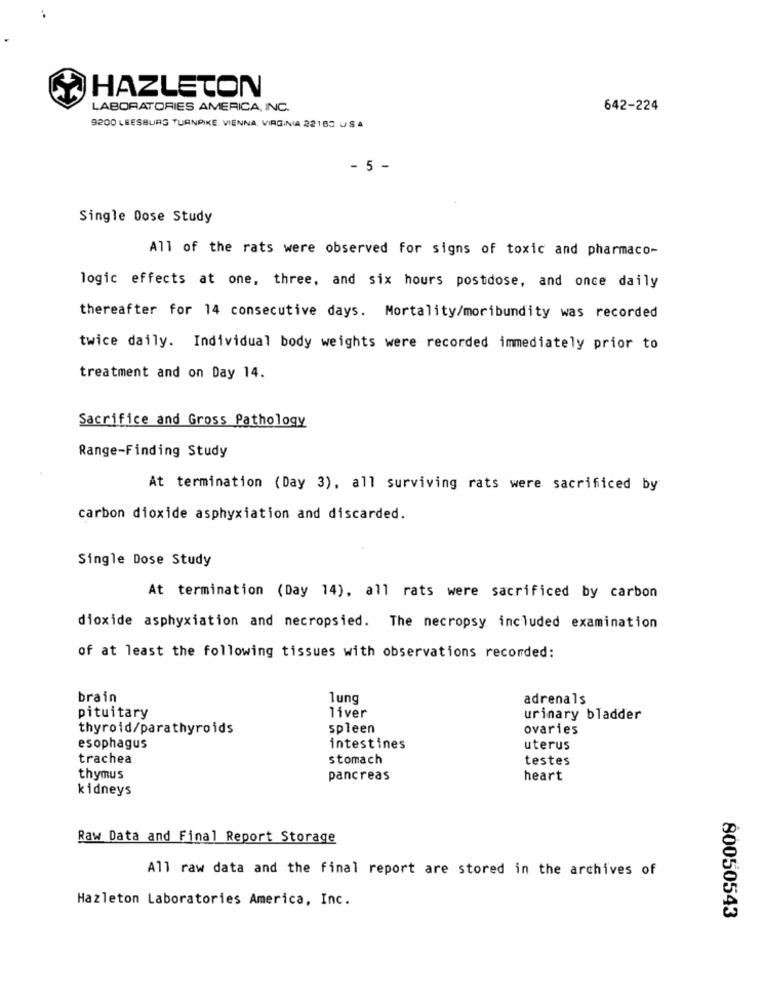
HAZLETON
LABORATORIES AMERICA, INC.
642-224
9200 LEESBURG TURNPIKE. VIENNA, VIRGINIA 22183 USA
- 5 -
Single Dose Study
All of the rats were observed for signs of toxic and pharmaco-
logic effects at one, three, and six hours postdose, and once daily
thereafter for 14 consecutive days. Mortality/moribundity was recorded
twice daily. Individual body weights were recorded immediately prior to
treatment and on Day 14.
Sacrifice and Gross Pathology
Range-Finding Study
At termination (Day 3), all surviving rats were sacrificed by
carbon dioxide asphyxiation and discarded.
Single Dose Study
At termination (Day 14), all rats were sacrificed by carbon
dioxide asphyxiation and necropsied. The necropsy included examination
of at least the following tissues with observations recorded:
brain
lung
adrenals
pituitary
liver
urinary bladder
thyroid/parathyroids
spleen
ovaries
esophagus
intestines
uterus
trachea
stomach
testes
thymus
pancreas
heart
kidneys
Raw Data and Final Report Storage
All raw data and the final report are stored in the archives of
Hazleton Laboratories America, Inc.
80050543